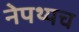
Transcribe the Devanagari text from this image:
नेपथ्यच